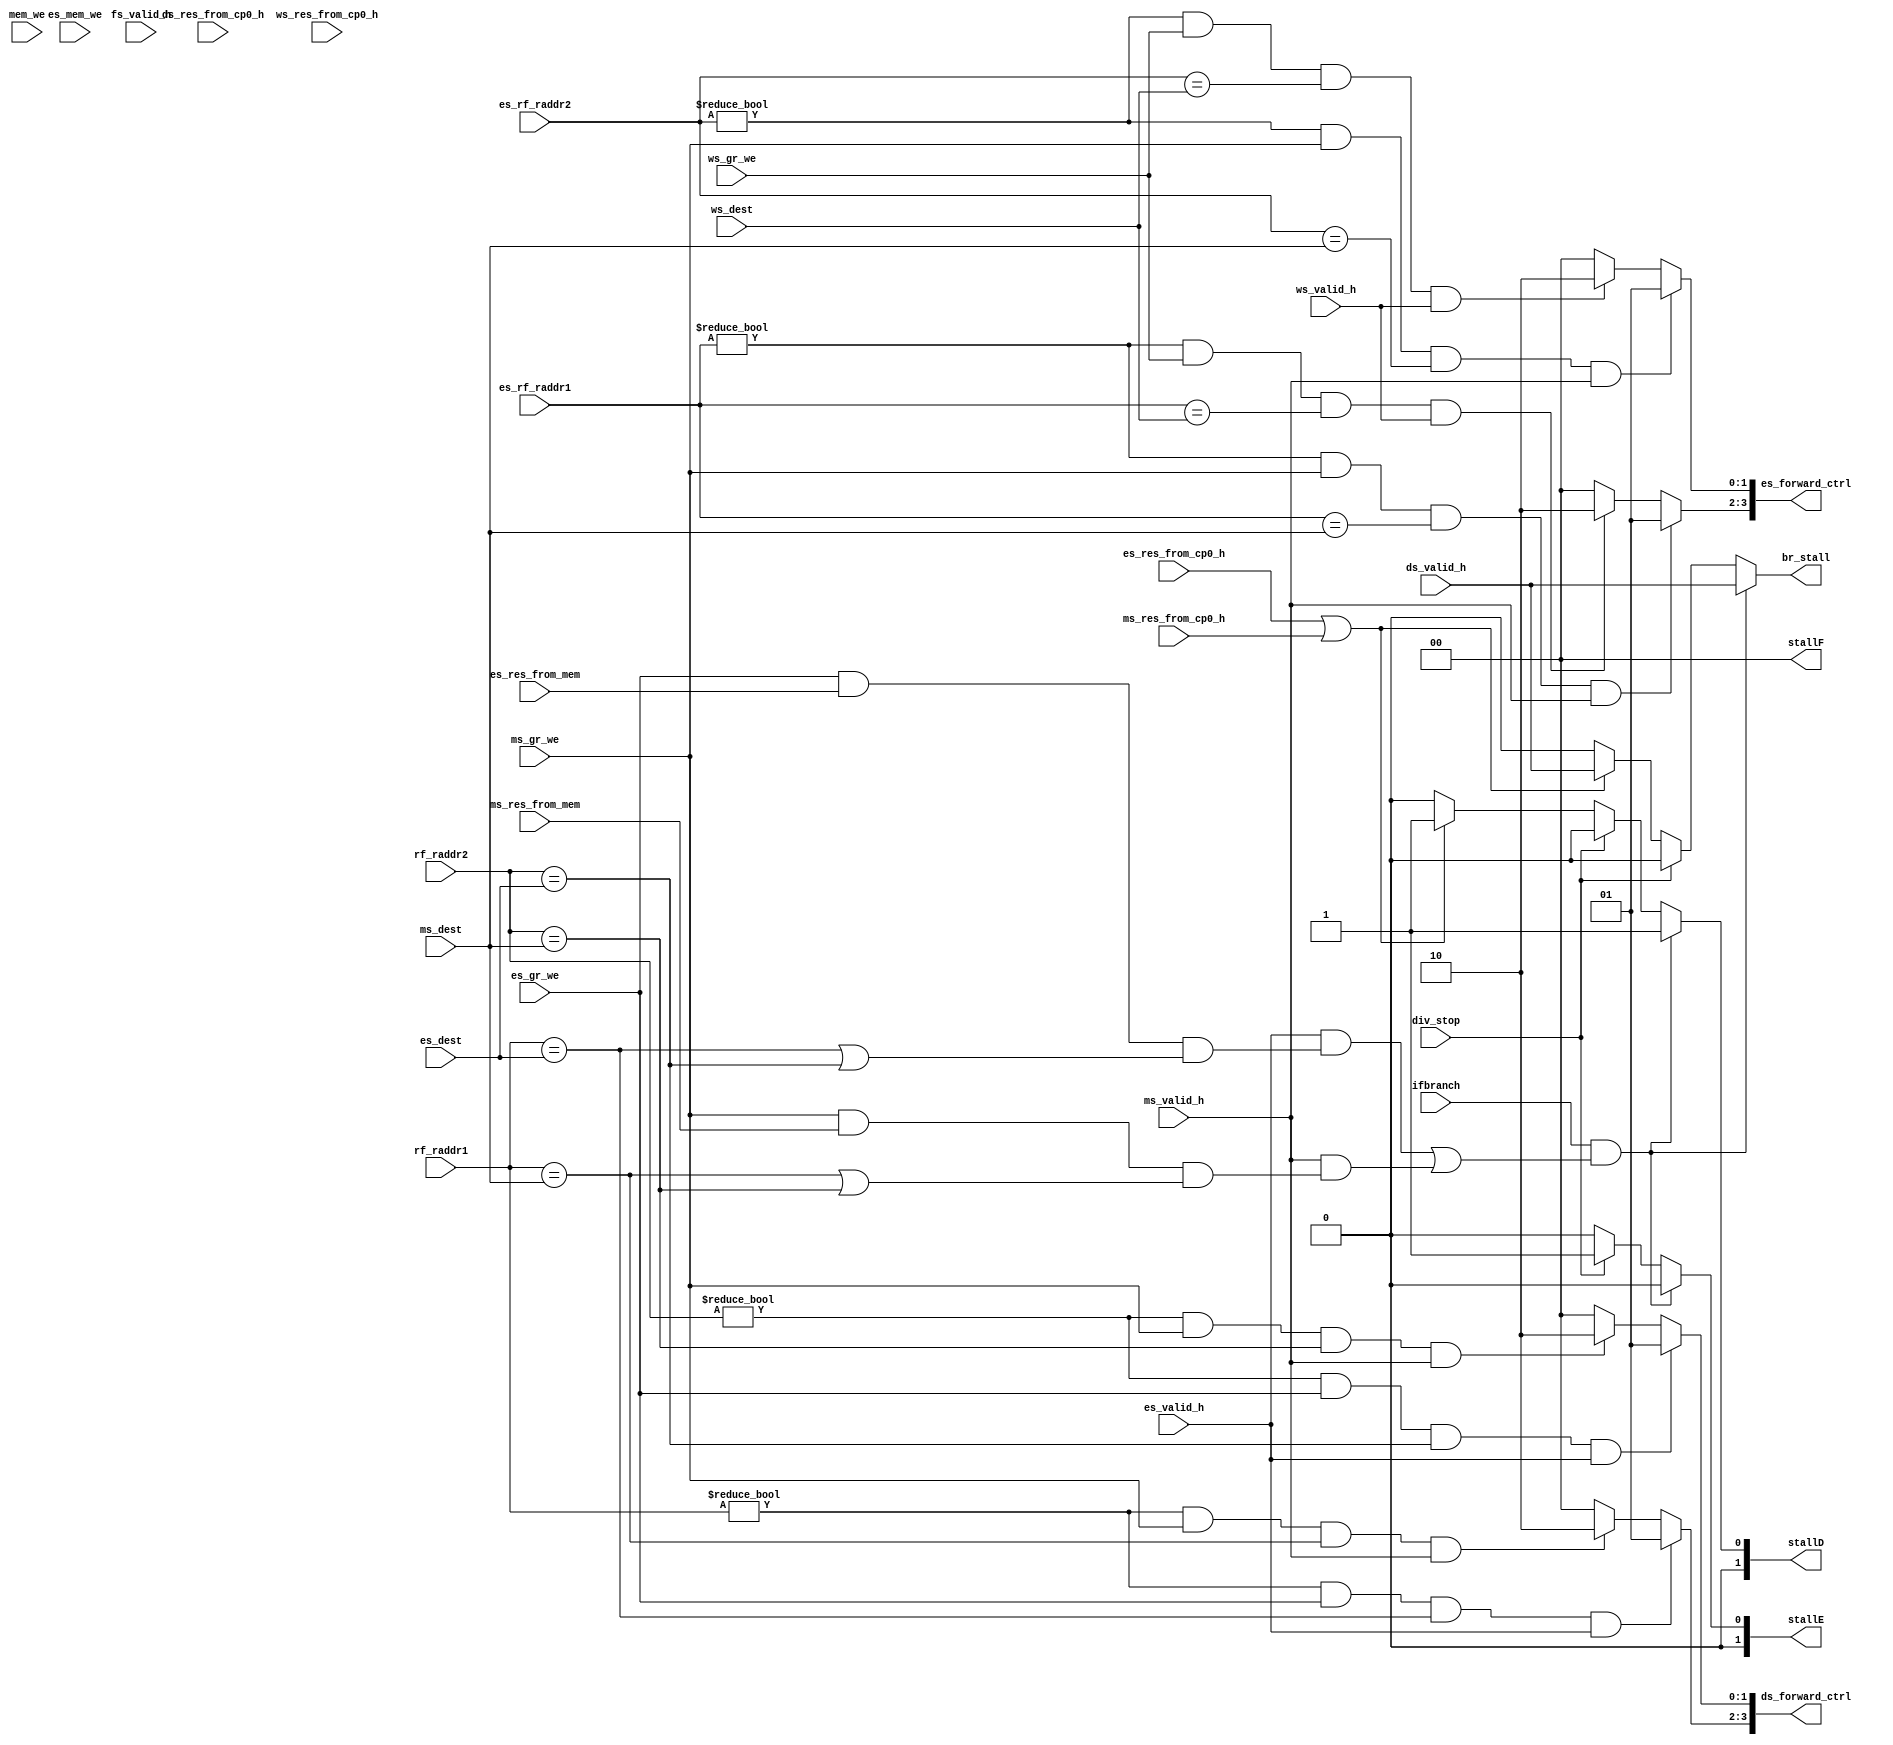
module  hazard(
    //if_stage
    input fs_valid_h,
    output  reg br_stall,


    //decode_stage beq
    input        ifbranch         ,            
    input  [4:0] rf_raddr1        ,      
    input  [4:0] rf_raddr2        , 
    input        mem_we           ,          
    input        ds_res_from_cp0_h,   
    input        ds_valid_h       ,    
    output [3:0] ds_forward_ctrl  ,

    //ex_stage alu
    input  [4:0] es_rf_raddr1     ,
    input  [4:0] es_rf_raddr2     ,
    input  [4:0] es_dest          ,
    input        es_mem_we        ,
    input        es_res_from_mem  ,
    input        es_gr_we         ,
    input        es_res_from_cp0_h,
    input        es_valid_h       ,
    output [3:0] es_forward_ctrl  ,

    //mem_stage 
    input  [4:0] ms_dest          ,
    input        ms_res_from_mem  ,
    input        ms_gr_we         ,
    input        ms_valid_h       ,
    input        ms_res_from_cp0_h,  

    //wb_stage
    input  [4:0] ws_dest          ,
    input        ws_gr_we         ,
    input        ws_res_from_cp0_h,
    input        ws_valid_h       ,

    //stall and flush: 00=normal, 01=stall, 10=flush
    output [1:0] stallF           ,
    output [1:0] stallD           ,
    output [1:0] stallE           , 
    input        div_stop

);

//ID forward 0=normal 1=ms_forward
reg [1:0]ds_f_ctrl1;
reg [1:0]ds_f_ctrl2;

always @(*) begin
    if(rf_raddr1!=0 && es_gr_we && rf_raddr1==es_dest && es_valid_h)
        ds_f_ctrl1=2'b01;
    else if(rf_raddr1!=0 && ms_gr_we && rf_raddr1==ms_dest && ms_valid_h)
        ds_f_ctrl1=2'b10;
    else 
        ds_f_ctrl1=2'b00;
    
    if(rf_raddr2!=0 && es_gr_we && rf_raddr2==es_dest && es_valid_h)
        ds_f_ctrl2=2'b01;
    else if(rf_raddr2!=0 && ms_gr_we && rf_raddr2==ms_dest && ms_valid_h)
        ds_f_ctrl2=2'b10;
    else 
        ds_f_ctrl2=2'b00;
end

assign ds_forward_ctrl={ds_f_ctrl1,  //3:2
                        ds_f_ctrl2   //1:0
                        };
//ID stall
//include change-beq stall , lw-use stall
reg [1:0] sF;
reg [1:0] sD;
reg [1:0] sE;
assign stallF=sF;
assign stallD=sD;
assign stallE=sE;
wire ifmfc0;
assign ifmfc0 = (es_res_from_cp0_h || ms_res_from_cp0_h);
always @(*) begin
    if(ifbranch &&  (   (es_valid_h && ( es_gr_we && es_res_from_mem && (rf_raddr1==es_dest || rf_raddr2==es_dest)))
                     || (ms_valid_h && ( ms_gr_we && ms_res_from_mem && (rf_raddr1==ms_dest || rf_raddr2==ms_dest)))
                    )
      )
    begin
        sF=2'b00;
        sD=2'b01;
        sE=2'b00;
        br_stall = 1'b1 && ds_valid_h;
    end
    else if(div_stop)
    begin
        sF=2'b00;
        sD=2'b00;
        sE=2'b01;
        br_stall = 1'b0 && ds_valid_h;
    end
    else if(ifmfc0)
    begin
        sF=2'b00;
        sD=2'b01;
        sE=2'b00;
        br_stall = 1'b1 && ds_valid_h;
    end
    else begin
        sF=2'b00;
        sD=2'b00;
        sE=2'b00;
        br_stall = 1'b0 && ds_valid_h;
    end
end

//EX forward ,deal with alu_use
reg [1:0]es_f_ctrl1;
reg [1:0]es_f_ctrl2;
always @(*) begin
    if(es_rf_raddr1!=0 && ms_gr_we && es_rf_raddr1==ms_dest && ms_valid_h)
        es_f_ctrl1=2'b01;
    else if(es_rf_raddr1!=0 && ws_gr_we && es_rf_raddr1==ws_dest && ws_valid_h)
        es_f_ctrl1=2'b10;
    else 
        es_f_ctrl1=2'b00;
end
always @(*) begin
    if(es_rf_raddr2!=0 && ms_gr_we && es_rf_raddr2==ms_dest && ms_valid_h)
        es_f_ctrl2=2'b01;
    else if(es_rf_raddr2!=0 && ws_gr_we && es_rf_raddr2==ws_dest && ws_valid_h)
        es_f_ctrl2=2'b10;
    else 
        es_f_ctrl2=2'b00;
end
assign es_forward_ctrl={
                        es_f_ctrl1,  //3:2
                        es_f_ctrl2   //1:0
                        };

endmodule